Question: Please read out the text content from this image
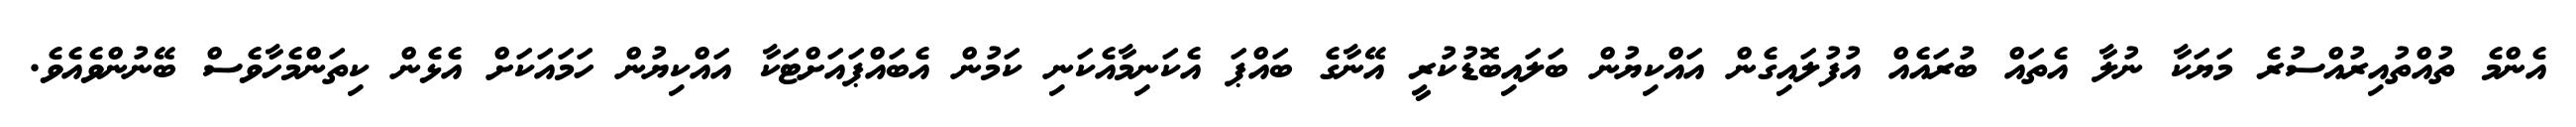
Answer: އެންމެ ތުއްތުއިރުއްސުރެ މަޔަކާ ނުލާ އެތައް ބުރައެއް އުފުލައިގެން އައްކިޔުން ބަލައިބޮޑުކުރީ އޭނާގެ ބައްޕަ އެކަނިމާއެކަނި ކަމުން އެބައްޕައަށްޓަކާ އައްކިޔުން ހަމައަކަށް އެޅެން ކިތަންމެހާވެސް ބޭނުންވެއެވެ.